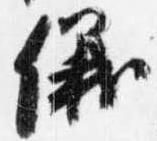
儀